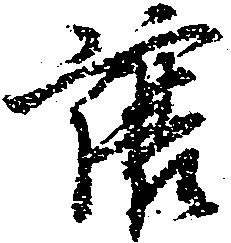
譲